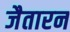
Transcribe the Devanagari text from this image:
जैतारन